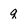
Character: q